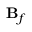
\mathbf { B } _ { f }